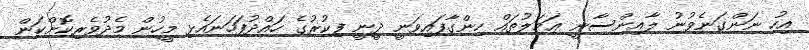
އިހު ނަންގަނެވުނު ލާއިންސާނީ ޢަމަލުތައް ހިންގާފައިވަނީ ދީނީ ފިކުރުގެ ހައްދުފަހަނައެޅި މީހުން މެދުވެރިކޮށްކަން